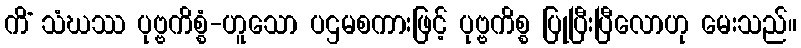
ကိံ သံဃဿ ပုဗ္ဗကိစ္စံ-ဟူသော ပဌမစကားဖြင့် ပုဗ္ဗကိစ္စ ပြုပြီးပြီလောဟု မေးသည်။